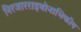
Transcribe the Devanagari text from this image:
निरजारराइबोनाभिकीय